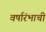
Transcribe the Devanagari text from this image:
वर्षारंभाची